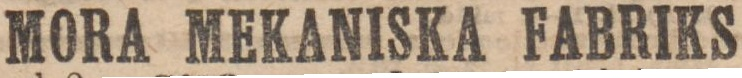
MORA MEKANISKA FABRIKS